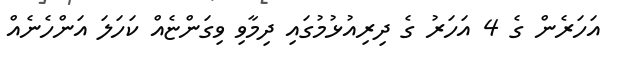
އަހަރެން ގެ 4 އަހަރު ގެ ދިރިއުޅުމުގައި ދިމާވި ވިގަންޏެއް ކަހަލަ އަންހެނެއް